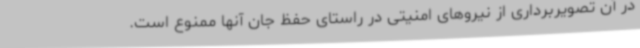
در آن تصویربرداری از نیروهای امنیتی در راستای حفظ جان آنها ممنوع است.